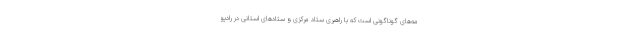
مه‌های گوناگونی است که با راهبری ستاد مرکزی و ستادهای استانی در رادیو